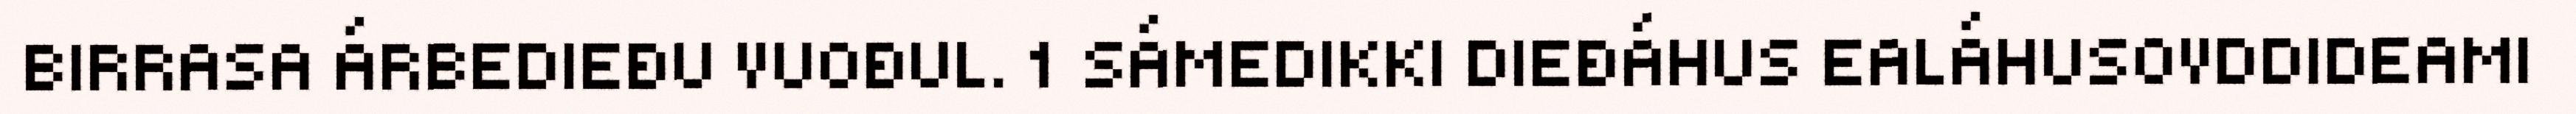
BIRRASA ÁRBEDIEĐU VUOĐUL. 1 SÁMEDIKKI DIEĐÁHUS EALÁHUSOVDDIDEAMI